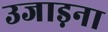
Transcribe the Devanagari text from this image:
उजाड़ना